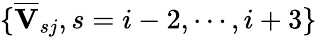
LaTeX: \{ \overline{{\mathbf{V}}}_{sj},s=i-2,\cdots,i+3\}